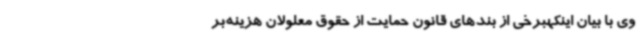
وی با بیان اینکهبرخی از بندهای قانون حمایت از حقوق معلولان هزینه‌بر